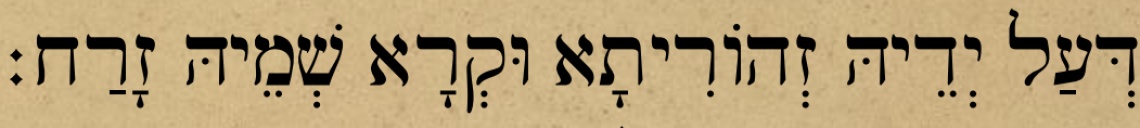
דְּעַל יְדֵיהּ זְהוֹרִיתָא וּקְרָא שְׁמֵיהּ זָרַח׃